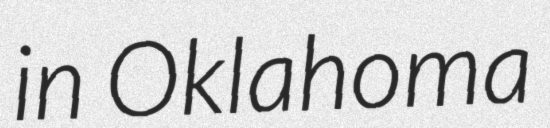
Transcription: in Oklahoma